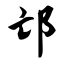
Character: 邙